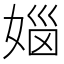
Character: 𪦅